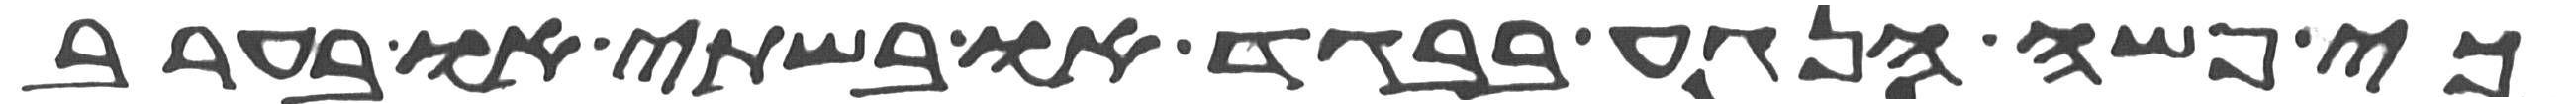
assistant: כי פשה הנגע בבגד או בשתי או בערב